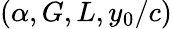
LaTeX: (\alpha,G,L,y_{0}/c)